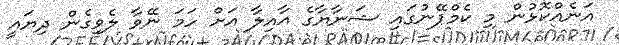
އަނެއްކޮޅުން މި ކެމްޕޭނުގައި ޝަނާޔާގެ އާއިލާ އަށް ހަމަ ނޭވާ ލެވިގެން ދިޔައީ